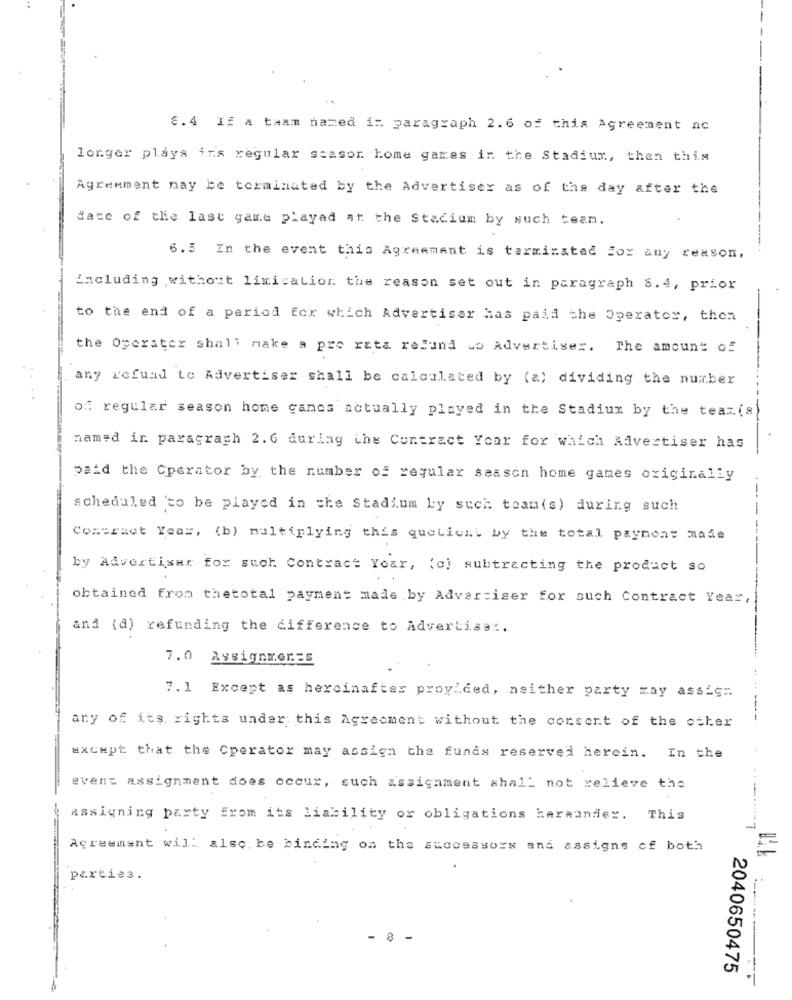
6.4 If a team named in paragraph 2.6 of this Agreement nc
longer plays ins regular season home games in the Stadium, then this
Agreement may be terminated by the Advertiser as of the day after the
date of the last game played at the Stadium by such team.
6.5 In the event this Agreement is terminated For any reason.
including without lixicalior the reason set out in paragraph 8.4, prior
to the end of a period for which Advertiser has paid the Operator, then
the Operater shall make a pro rata refund wo Advertiser. The amount of
any refund to Advertiser shall be calculated by (a) dividing the number
of regular season home cancs actually played in the Stadium by the teamis
named in paragraph 2.6 during the Contract Your for which Advertiser has
paid the Operator by the number of regular season home games originally
scheduled 'to be played in the Stadium Ly such toam(s) during such
Contract Year, (b) multiplying this quotient by the total payment made
by Advertiser for such Contract Year, (o) subtracting the product so
obtained from thetotal payment made by Advertiser for such Contract Year,
and (d) refunding the difference to Advertise :.
7.0 Assignments
7.1 Except as hercinafter provided, neither party may assign
any of its rights under this Agreement without the consent of the other
except that the Cperator may assign the funds reserved herein. In the
event assignment does occur, such assignment shall not relieve the
assigning party from its liability or obligations heraunder. This
Agreement will. also. be binding on the successors and assigns of both
parties.
- 8 -
2040650475